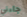
جاءني